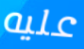
عليه